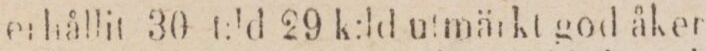
erhållit 30 t:ld 29 k:ld utmärkt god åker